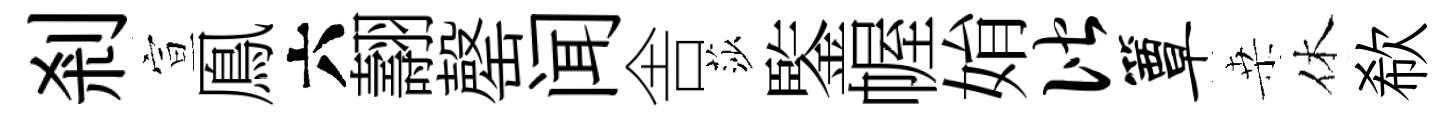
剎宣鳯六翿罄闻舎莎鍳幄姢偕簟桒休欷